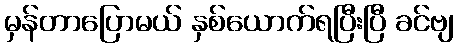
မှန်တာပြောမယ် နှစ်ယောက်ရပြီးပြီ ခင်ဗျ